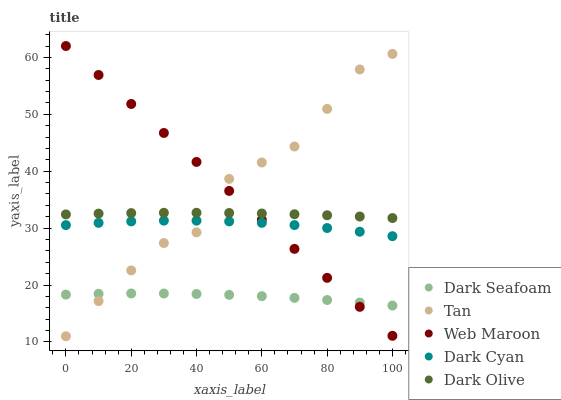
| xaxis_label | Dark Seafoam | Tan | Web Maroon | Dark Cyan | Dark Olive |
 | --- | --- | --- | --- | --- | --- |
 | 0 | 18.3 | 11 | 62 | 30.5 | 32.4 |
 | 10 | 18.5 | 17.2 | 56.9 | 30.9 | 32.6 |
 | 20 | 18.5 | 22.6 | 51.8 | 31.2 | 32.6 |
 | 30 | 18.5 | 27.4 | 46.7 | 31.3 | 32.7 |
 | 40 | 18.4 | 29.3 | 41.6 | 31.3 | 32.7 |
 | 50 | 18.3 | 38.6 | 36.5 | 31.2 | 32.7 |
 | 60 | 18 | 41.5 | 31.4 | 30.9 | 32.6 |
 | 70 | 17.7 | 44.3 | 26.4 | 30.5 | 32.4 |
 | 80 | 17.4 | 51 | 21.3 | 30 | 32.3 |
 | 90 | 16.9 | 57.9 | 16.2 | 29.4 | 32 |
 | 100 | 16.4 | 60.6 | 11.1 | 28.6 | 31.8 |